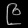
Digit: ၉